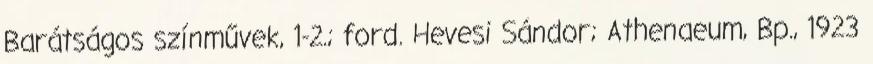
Barátságos színművek, 1-2.; ford. Hevesi Sándor; Athenaeum, Bp., 1923